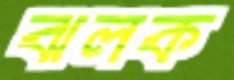
ঝলক